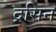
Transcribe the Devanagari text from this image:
द्रसिन